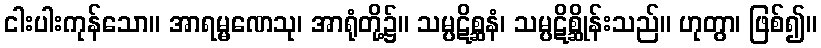
ငါးပါးကုန်သော။ အာရမ္မဏေသု၊ အာရုံတို့၌။ သမ္ပဋိစ္ဆနံ၊ သမ္ပဋိစ္ဆိုန်းသည်။ ဟုတွာ၊ ဖြစ်၍။